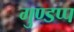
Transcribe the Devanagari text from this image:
गुण्डप्प